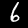
Digit: 6